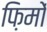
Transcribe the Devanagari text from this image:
फ़िमों